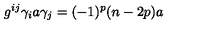
g ^ { i j } \gamma _ { i } a \gamma _ { j } = ( - 1 ) ^ { p } ( n - 2 p ) a